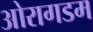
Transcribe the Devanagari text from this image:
ओरागडम